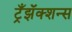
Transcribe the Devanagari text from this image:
ट्रँझॅक्शन्स